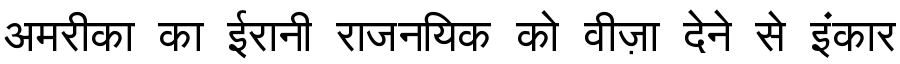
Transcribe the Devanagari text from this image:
अमरीका का ईरानी राजनयिक को वीज़ा देने से इंकार